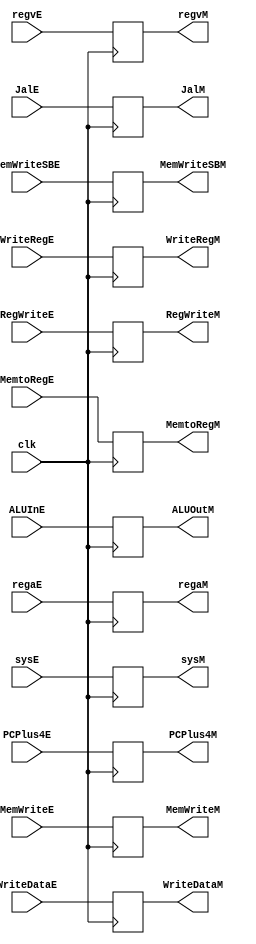
module EtoM(clk, RegWriteE, MemtoRegE, MemWriteE, MemWriteSBE, ALUInE, WriteDataE, WriteRegE, PCPlus4E, JalE, sysE, regvE, regaE, RegWriteM, MemtoRegM, MemWriteM, MemWriteSBM, ALUOutM, WriteDataM, WriteRegM, PCPlus4M, JalM, sysM, regvM, regaM); 

    input clk;
    input RegWriteE;
    input MemtoRegE;
    input MemWriteE;
    input MemWriteSBE;
    input [31:0] ALUInE;
    input [31:0] WriteDataE;
    input [4:0] WriteRegE;
    input [31:0] PCPlus4E;
    input JalE;
    input [31:0] regvE;
    input [31:0] regaE;
    input sysE;

    output reg RegWriteM;
    output reg MemtoRegM;
    output reg MemWriteM;
    output reg MemWriteSBM;
    output reg [31:0] ALUOutM;
    output reg [31:0] WriteDataM;
    output reg [4:0] WriteRegM;
    output reg [31:0] PCPlus4M;
    output reg JalM;
    output reg [31:0] regvM;
    output reg [31:0] regaM;
    output reg sysM;
    
    initial begin 
        RegWriteM = 0;
        MemtoRegM = 0;
        MemWriteM = 0;
        MemWriteSBM = 0;
        ALUOutM = 0;
        WriteDataM = 0;
        WriteRegM = 0;
        PCPlus4M = 0;
        JalM = 0;
		regvM = 0;
        regaM = 0;
        sysM = 0;

    end 

    always@(posedge clk)
    begin      
        RegWriteM <= RegWriteE;
        MemtoRegM <= MemtoRegE;
        MemWriteM <= MemWriteE;
        MemWriteSBM <= MemWriteSBE;
        ALUOutM <= ALUInE;
        WriteDataM <= WriteDataE;
        WriteRegM <= WriteRegE;
        PCPlus4M <= PCPlus4E;
        JalM <= JalE;
		regvM <= regvE;
        regaM <= regaE;
        sysM <= sysE;

    end

endmodule